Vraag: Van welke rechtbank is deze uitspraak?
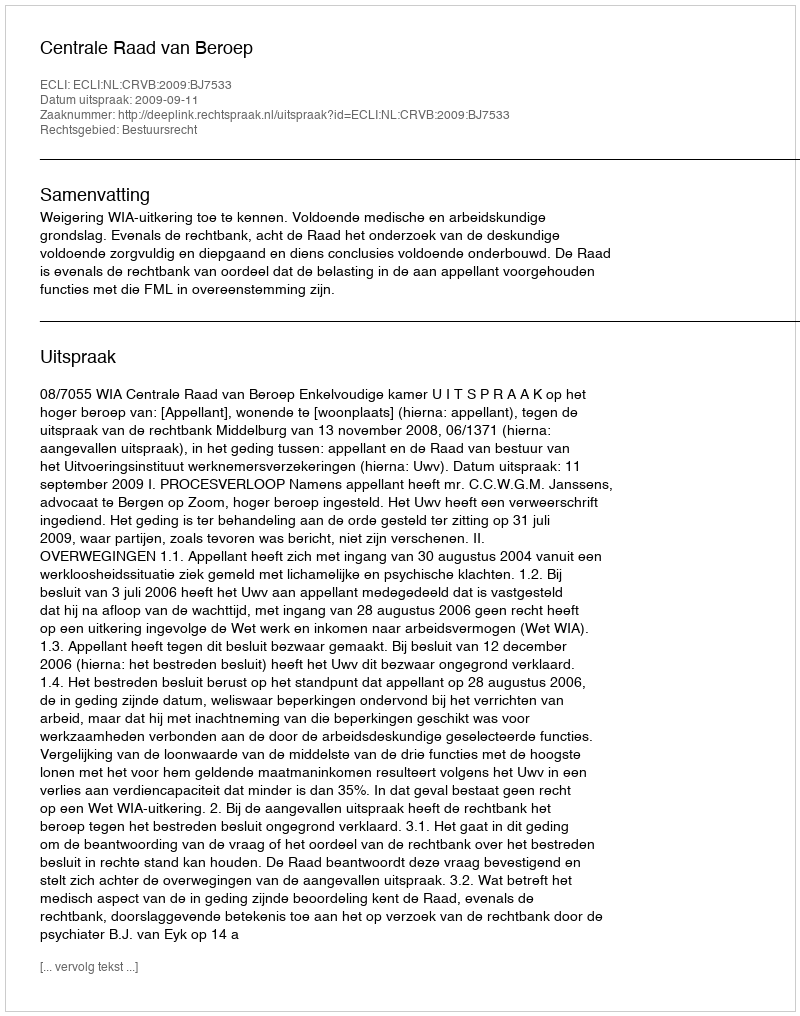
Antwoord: Centrale Raad van Beroep